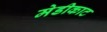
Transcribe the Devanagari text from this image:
मेडीकाट